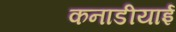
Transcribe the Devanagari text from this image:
कनाडीयाई